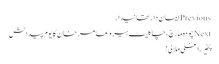
Previousایمان دار تھانیدار
Nextچودہ مارچ، چاکلیٹ ہیرو عامر خان کا یومِ پیدائش
پخیر راغلی ملالی!